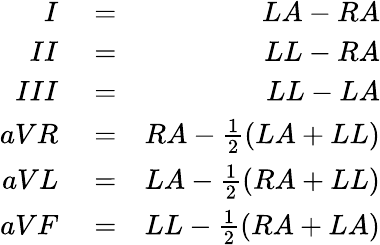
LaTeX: \begin{array}{rlr}{I}&{{}=}&{LA-RA}\\ {II}&{{}=}&{LL-RA}\\ {III}&{{}=}&{LL-LA}\\ {aVR}&{{}=}&{RA-\frac{1}{2}(LA+LL)}\\ {aVL}&{{}=}&{LA-\frac{1}{2}(RA+LL)}\\ {aVF}&{{}=}&{LL-\frac{1}{2}(RA+LA)}\end{array}